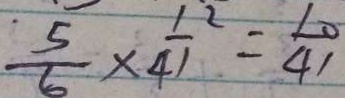
\frac { 5 } { 6 } \times \frac { 1 } { 4 1 } ^ { 2 } = \frac { 1 0 } { 4 1 }